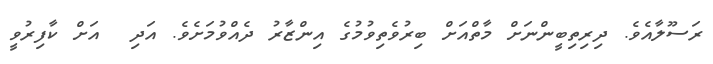
ރަސޫލާއެވެ. ދިރިތިބީންނަށް މާތްއަށް ބިރުވެތިވުމުގެ އިންޒާރު ދެއްވުމަށެވެ. އަދި  އަށް ކާފިރުވީ